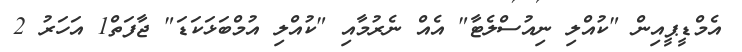
އެމްޑީޕީއިން "ކުއްލި ނިއުސްލެޓާ" އެއް ނެރުމާއި "ކުއްލި އުމްބަޅަކަޑަ" ޖާފަތް1 އަހަރު 2